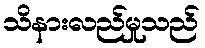
သိနားလည်မှုသည်